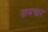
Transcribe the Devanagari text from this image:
नामचार